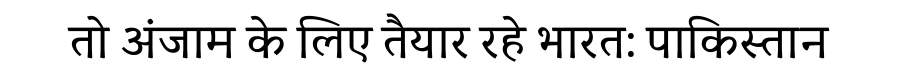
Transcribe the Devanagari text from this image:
तो अंजाम के लिए तैयार रहे भारत: पाकिस्तान